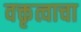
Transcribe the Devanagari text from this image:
वक्तृत्वाचा